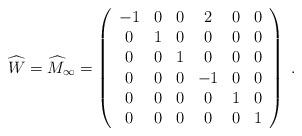
LaTeX: \begin{align*}\widehat{W} = {\widehat M}_{\infty}= \left( \begin{array}{cccccc} -1&0&0&2&0&0 \\ 0&1&0&0&0&0 \\ 0&0&1&0&0&0 \\ 0&0&0&-1&0&0 \\ 0&0&0&0&1&0 \\ 0&0&0&0&0&1 \end{array} \right) \;. \end{align*}